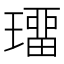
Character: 璢